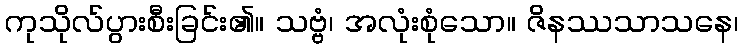
ကုသိုလ်ပွားစီးခြင်း၏။ သဗ္ဗံ၊ အလုံးစုံသော။ ဇိနဿသာသနေ၊